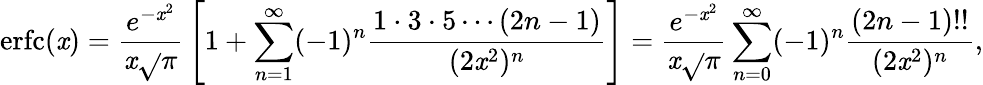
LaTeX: \operatorname{erfc}(\mathit{x})={\frac{{e^{-\mathit{x}^{2}}}}{{\mathit{x}{\sqrt{}{{\pi}}}}}}\left[1+\sum_{n=1}^{\infty}(-1)^{n}{\frac{{1\cdot3\cdot5\cdots(2n-1)}}{{(2\mathit{x}^{2})^{n}}}}\right]={\frac{{e^{-\mathit{x}^{2}}}}{{\mathit{x}{\sqrt{}{{\pi}}}}}}\sum_{n=0}^{\infty}(-1)^{n}{\frac{{(2n-1)!!}}{{(2\mathit{x}^{2})^{n}}}},